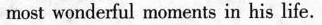
most wonderful moments in his life.